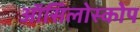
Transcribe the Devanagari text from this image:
ऑसिलोस्कोप